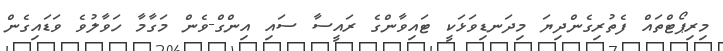
މިރިޕޯޓްތައް ފެތުރިގެންދިޔަ މިދަނޑިވަޅަކީ ޓައިވާންގެ ރައީސާ ސައި އިންގް-ވެން މަގާމާ ހަވާލުވެ ވަޑައިގެން